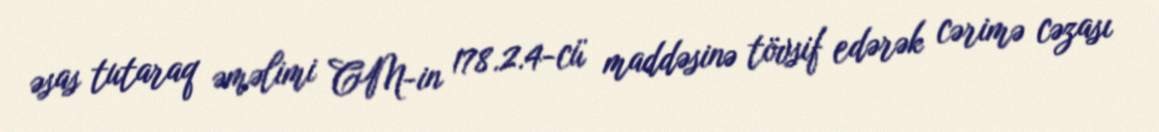
əsas tutaraq əməlimi CM-in 178.2.4-cü maddəsinə tövsif edərək cərimə cəzası